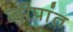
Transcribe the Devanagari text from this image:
द्वीपांत